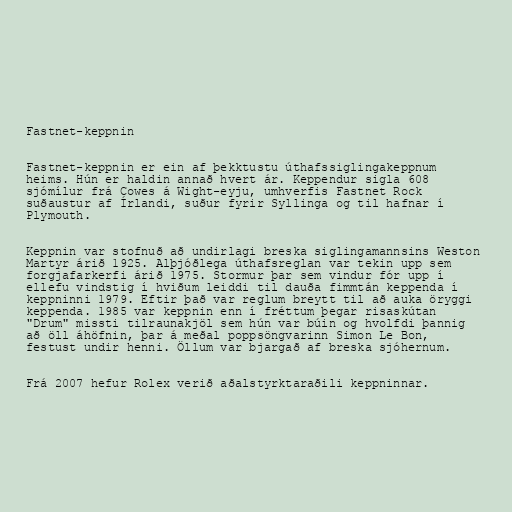
Fastnet-keppnin

Fastnet-keppnin er ein af þekktustu úthafssiglingakeppnum
heims. Hún er haldin annað hvert ár. Keppendur sigla 608
sjómílur frá Cowes á Wight-eyju, umhverfis Fastnet Rock
suðaustur af Írlandi, suður fyrir Syllinga og til hafnar í
Plymouth.

Keppnin var stofnuð að undirlagi breska siglingamannsins Weston
Martyr árið 1925. Alþjóðlega úthafsreglan var tekin upp sem
forgjafarkerfi árið 1975. Stormur þar sem vindur fór upp í
ellefu vindstig í hviðum leiddi til dauða fimmtán keppenda í
keppninni 1979. Eftir það var reglum breytt til að auka öryggi
keppenda. 1985 var keppnin enn í fréttum þegar risaskútan
"Drum" missti tilraunakjöl sem hún var búin og hvolfdi þannig
að öll áhöfnin, þar á meðal poppsöngvarinn Simon Le Bon,
festust undir henni. Öllum var bjargað af breska sjóhernum.

Frá 2007 hefur Rolex verið aðalstyrktaraðili keppninnar.